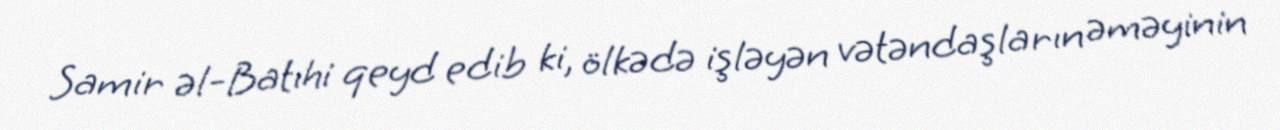
Samir əl-Batıhi qeyd edib ki, ölkədə işləyən vətəndaşların əməyinin